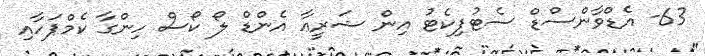
63- އެޑްވާންސްޑް ސެޓުފިކެޓު އިން ޝަރީޢާ އެންޑް ލޯ ކޯސް ހިންގާ ކެމްޕަހާއި